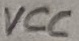
Text: VCC